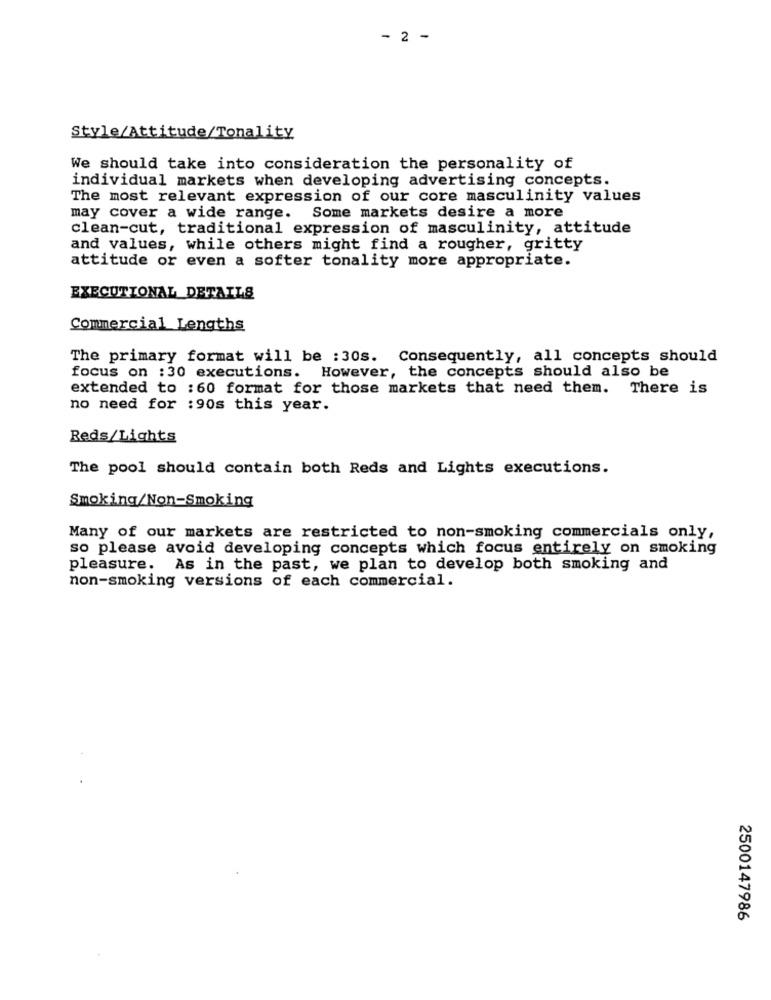
- 2 -
Style/Attitude/Tonality
We should take into consideration the personality of
individual markets when developing advertising concepts.
The most relevant expression of our core masculinity values
may cover a wide range. Some markets desire a more
clean-cut, traditional expression of masculinity, attitude
and values, while others might find a rougher, gritty
attitude or even a softer tonality more appropriate.
EXECUTIONAL_DETAILS
Commercial Lengths
The primary format will be :30s. Consequently, all concepts should
focus on :30 executions. However, the concepts should also be
extended to :60 format for those markets that need them. There is
no need for :90s this year.
Reds/Lights
The pool should contain both Reds and Lights executions.
Smoking/Non-Smoking
Many of our markets are restricted to non-smoking commercials only,
so please avoid developing concepts which focus entirely on smoking
pleasure. As in the past, we plan to develop both smoking and
non-smoking versions of each commercial.
2500147986